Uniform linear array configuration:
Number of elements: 4
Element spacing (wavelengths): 0.25
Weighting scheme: cosine
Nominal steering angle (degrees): -30
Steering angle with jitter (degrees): -30.696
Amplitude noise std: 0.05
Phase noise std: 0.05

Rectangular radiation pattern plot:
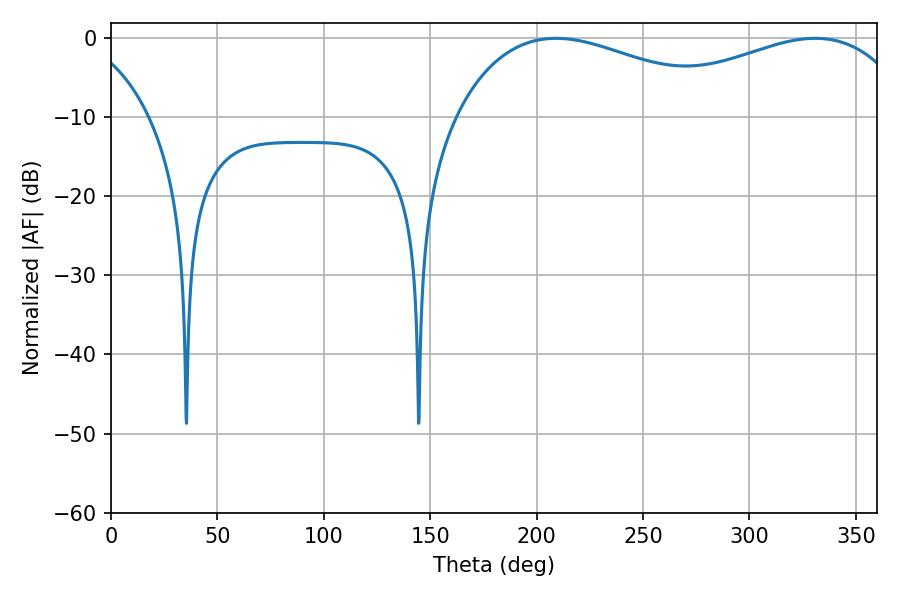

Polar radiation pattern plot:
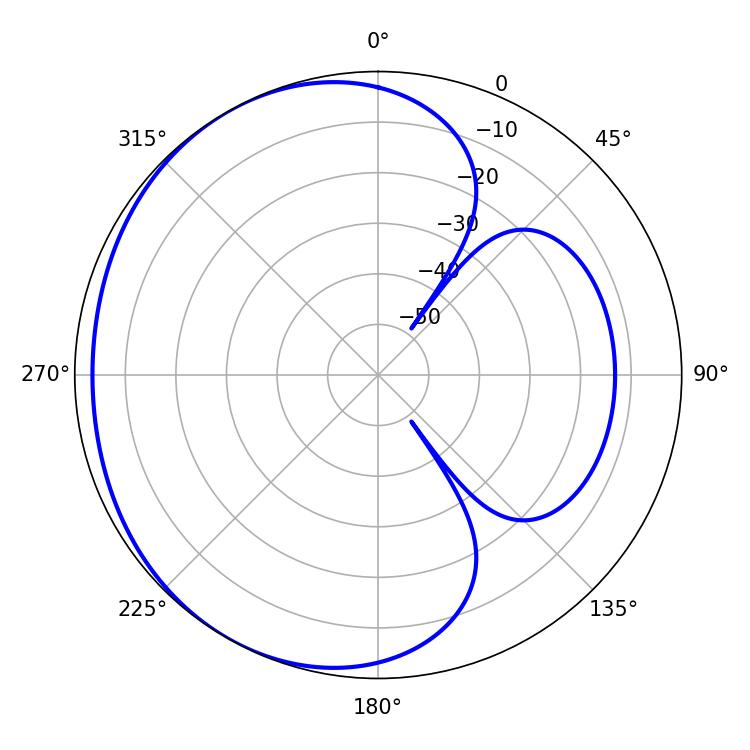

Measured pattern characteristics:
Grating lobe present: FALSE
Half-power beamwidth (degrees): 73.98
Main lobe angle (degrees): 209.16